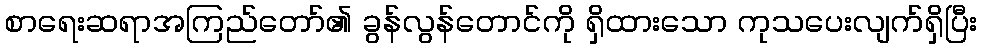
စာရေးဆရာအကြည်တော်၏ ခွန်လွန်တောင်ကို ရှိထားသော ကုသပေးလျက်ရှိပြီး